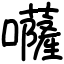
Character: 𡄳